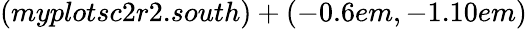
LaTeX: (myplotsc2r2.south)+(-0.6em,-1.10em)